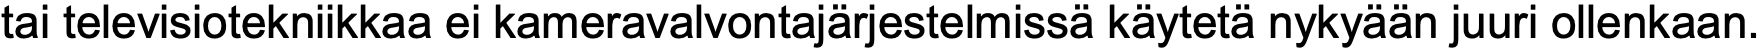
tai televisiotekniikkaa ei kameravalvontajärjestelmissä käytetä nykyään juuri ollenkaan.